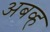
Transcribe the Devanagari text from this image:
अबव्ह